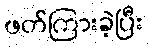
ဖတ်ကြားခဲ့ပြီး